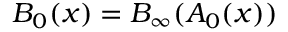
B _ { 0 } ( x ) = B _ { \infty } ( A _ { 0 } ( x ) )